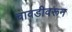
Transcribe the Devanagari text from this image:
चावडीवरून